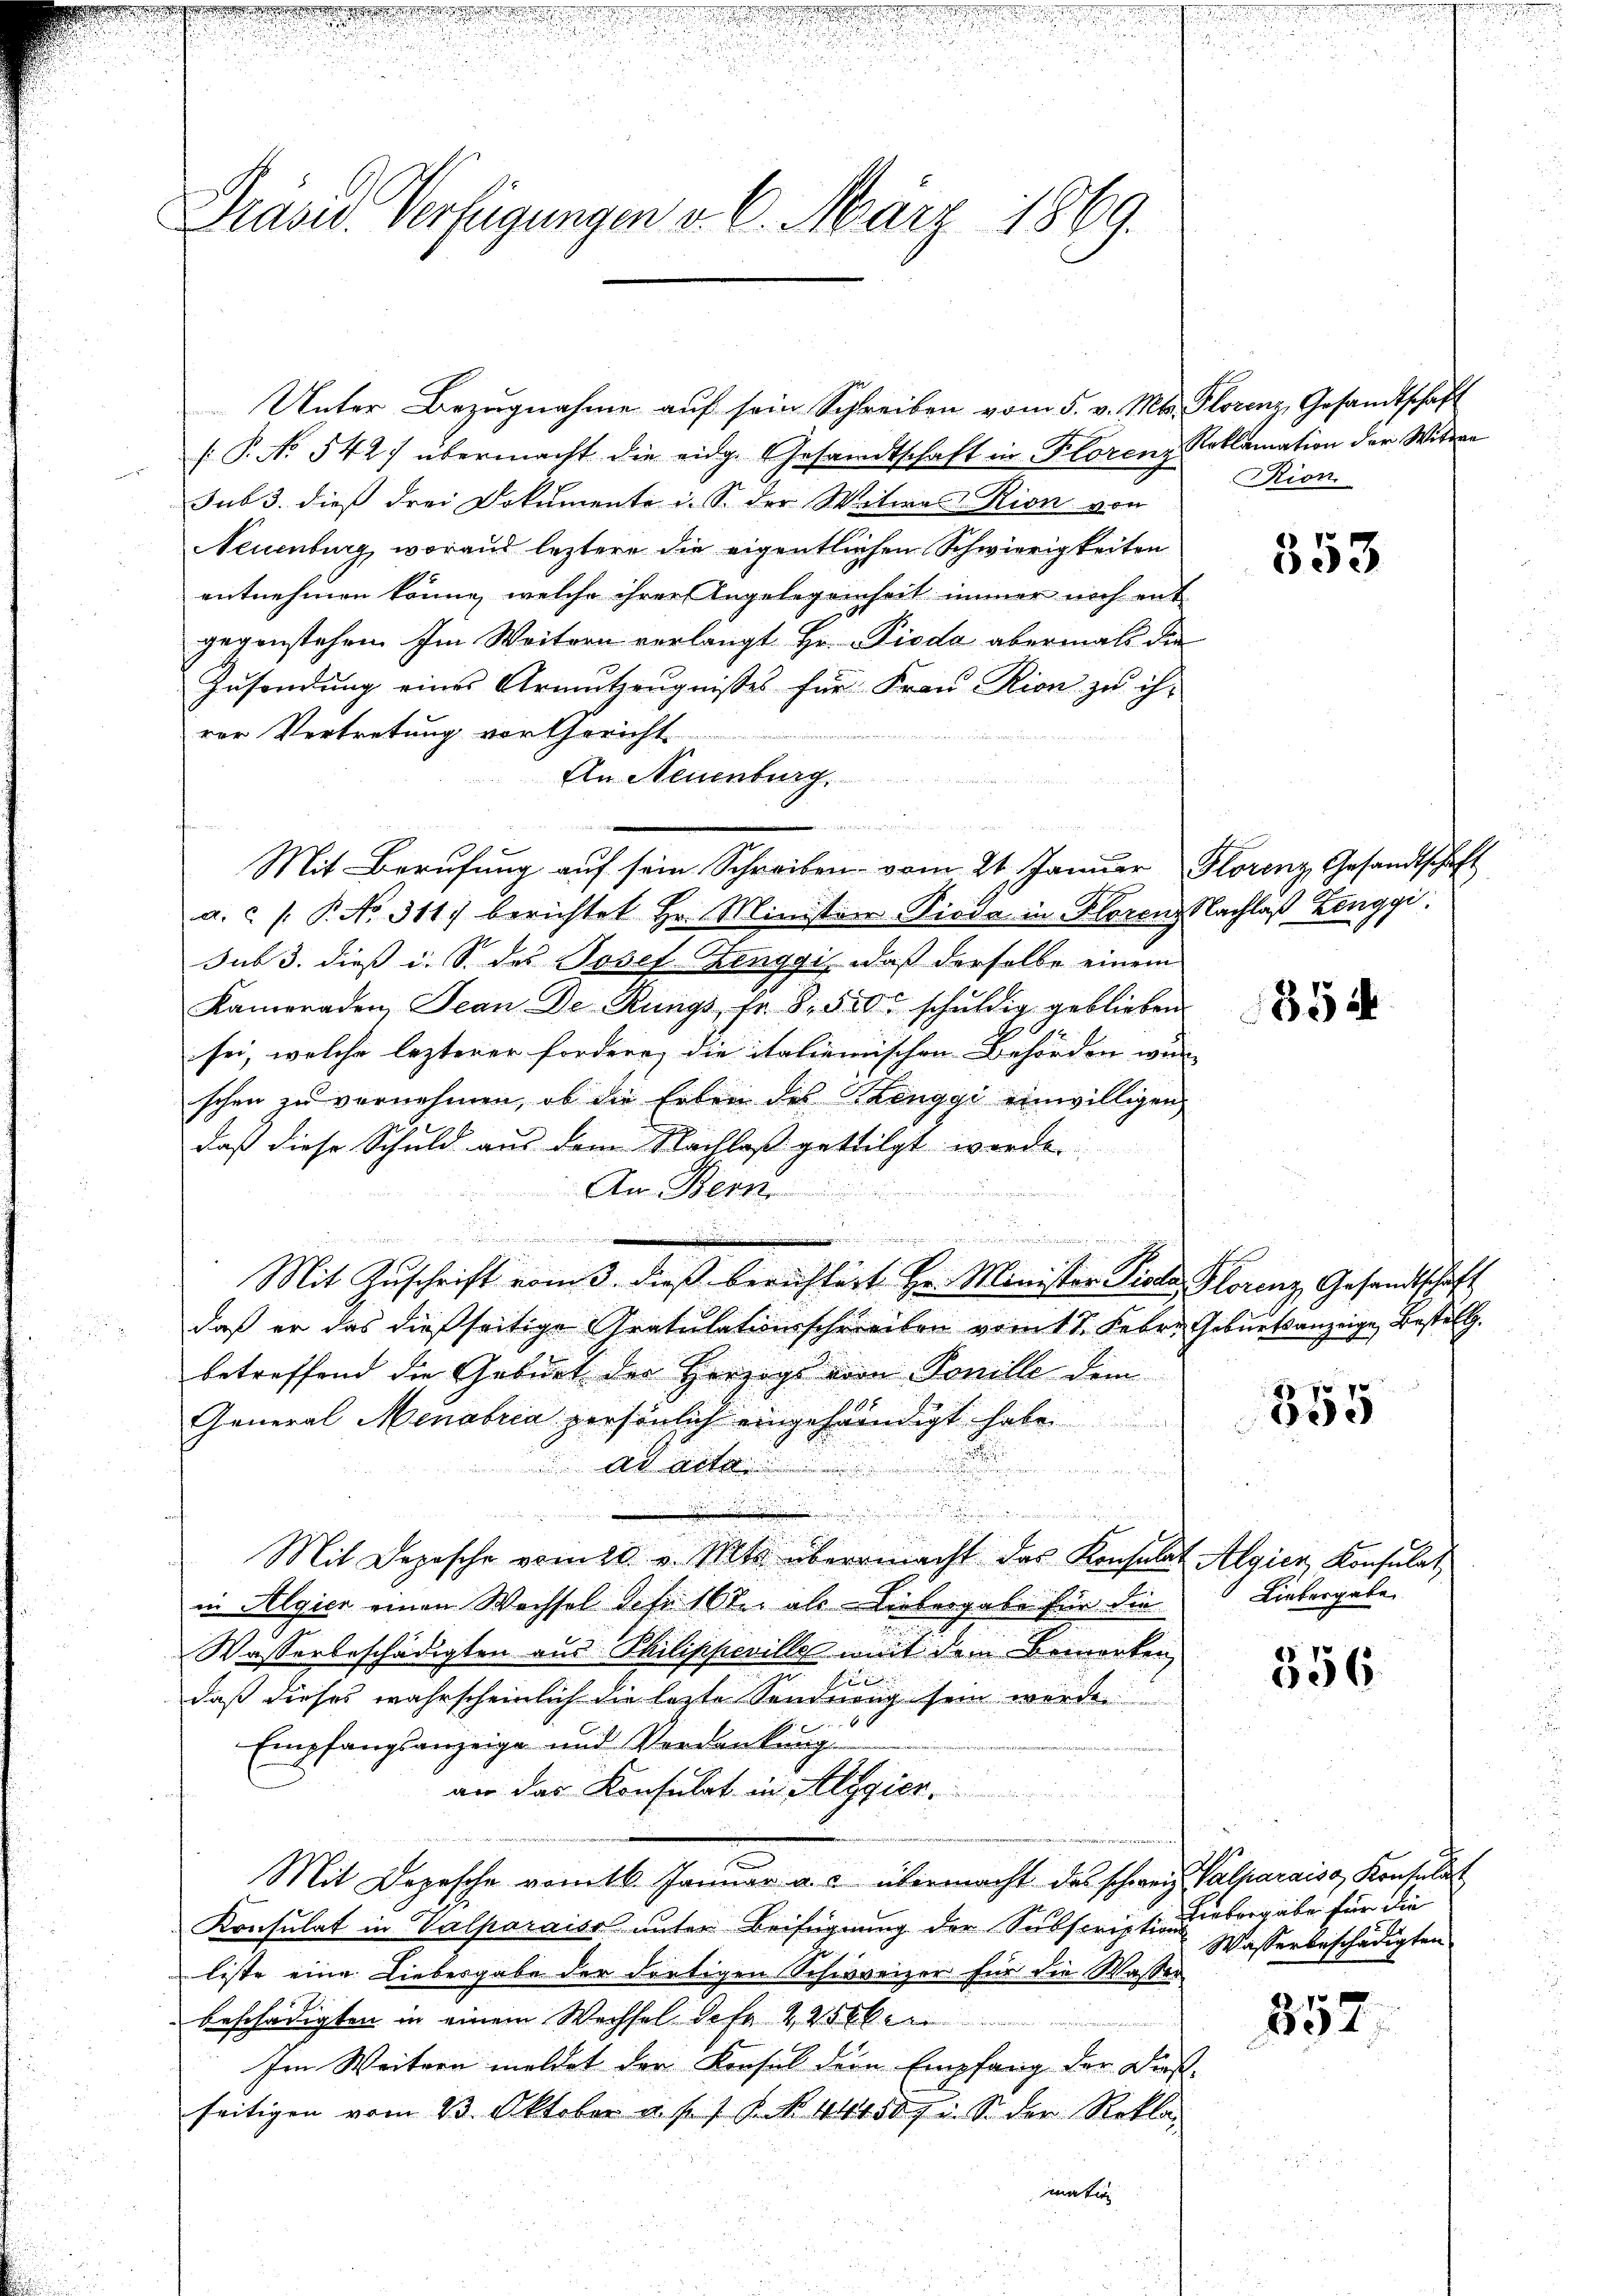
f

Präses Verfügungen v. 6. März 1869.

.
.
u

u

er

a

Unter Bezŭgnahme aŭf sein Schreiben vom 5. v. Mts. Florenz, Gesandtschaft
[P. No 542. übermacht die eidg. Gesandtschaft in Florenz Roklamation der Wittwe
sub 3. dies drei Dokumente u. S. der Wetwas Rion von
Neuenburg, woraus leztere die eigentlichen Schwierigkeiten
entnehmen könne, welche ihrer Angelegenheit immer noch ent
gegenstehen. Im Weitern verlangt Hr. Pioda abermals die
Zusendung eines Armutzeugnisses für Frau Rion zu ihr
vor Vertretung vor Gericht
 enken
An Neuenburg.
egen der
e
Mit Berufung auf sein Schreiben vom 21. Januar
a.  /: P. No. 311. berichtet Hr. Ministen Pioda in Florenz Nachlaß Zenggi.
sub 3. dieß i. S. des Josef-Zinggi, daß derselbe einem
Kameraden, Jean De-Rungs fr. S. 550 schŭldig geblieben.
sei, welche lezterer fordere, die italienischen Behörden wir |
schen zu vernehmen, ob die Erben des Renggi einwilligen
daß diese Schuld aus dem Nachloß getilgt werde
An Bern

Mit Zuschrift vom 3. dieß berichtigt Hr. Minister Piola Florenz Gesandtschaft
daß er das dießseitige Gratulationsschweilen vom 17. Febr. Geburtsanzeige Bestill.
.
betreffend die Geburt der Herzogs vom Ponille dem
General Menabria persönlich eingehändigt habe.

 ad acte

.
.
u
Mit Depesche remio - Pits übermacht das Konsula
in Algier einen Wachsel Jahr 167. als Liebergabe für die
Wasserbeschädigten aus Philippevilles weit dem Bemerken
f
daß dieses wahrscheinlich die letzte Sendung sein werde
Empfangsanzeige und Verdankung
an das Konsulat in Algier
Mit Depesche vom 16. Januar a. c. übermacht das schweiz. Valparaiss, Konsulat
Konsulat in Valparaiss unter Beifügung der Subscriptions
liste eine Liebesgabe der dortigen Schweizer für die Wasser
beschädigten in einem Wechsel Gefr 445 krei
Ien Weitern meldet der Konsul der Empfang der Dieß-
seitigen vom 23. Oktober u. f. 1 P. No. 44150 f. u. S. der Rekla
mativ

Rion

Florenz Gesandtschaft

353

354

ee

Algien Konsulat
Liebesgabe,

556

Einbergabe für die
Wasserbeschädigten

852.

.
.